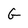
Character: G